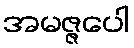
အမဇ္ဇပေါ